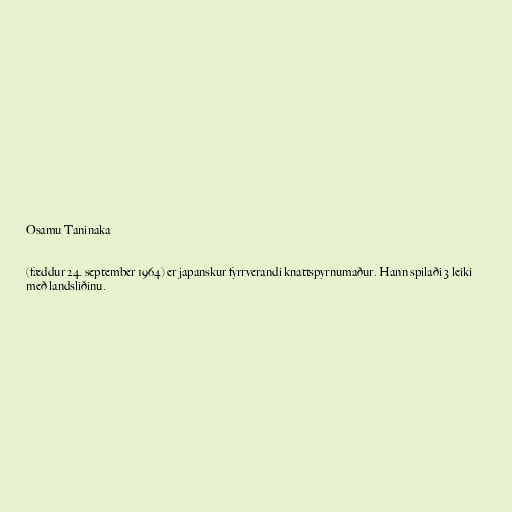
Osamu Taninaka

(fæddur 24. september 1964) er japanskur fyrrverandi knattspyrnumaður. Hann spilaði 3 leiki
með landsliðinu.